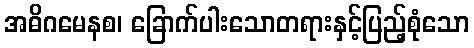
အဓိဂမေနစ၊ ခြောက်ပါးသောတရားနှင့်ပြည့်စုံသော